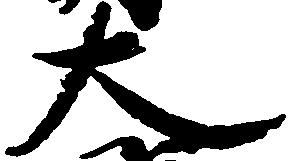
大